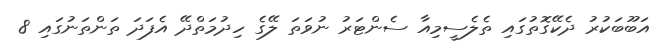
އަބޫބަކުރު ދެކޭގޮތުގައި ތެލެސީމިއާ ސެންޓަރު ނުވަތަ ލޭގެ ހިދުމަތްދޭ އެފަދަ ތަންތަނުގައި 8